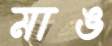
মাঙ